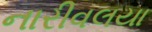
નારીવલયા